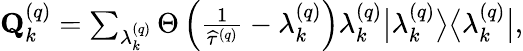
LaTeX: \begin{array}{r}{\mathbf{Q}_{k}^{\left(q\right)}=\sum_{\lambda_{k}^{\left(q\right)}}\Theta\left(\frac{1}{\widehat{\tau}^{\left(q\right)}}-\lambda_{k}^{\left(q\right)}\right)\lambda_{k}^{\left(q\right)}\big\vert\lambda_{k}^{\left(q\right)}\big\rangle\big\langle\lambda_{k}^{\left(q\right)}\big\vert,}\end{array}